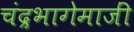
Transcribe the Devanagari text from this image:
चंद्रभागेमाजीं